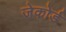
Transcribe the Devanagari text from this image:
जेकोर्ड